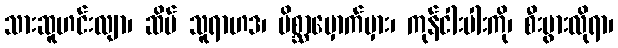
သားဆူဟင်းလျာ၊ ဆိပ် သူရာဟဒ၊ မိစ္ဆာမှောက်မှား၊ ကုန်ငါးပါးကို၊ စီးပွားလိုရာ၊